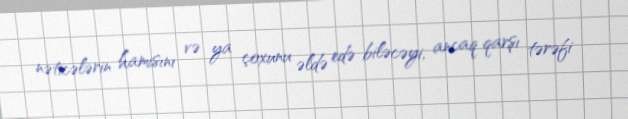
nəticələrin hamısını və ya çoxunu əldə edə biləcəyi, ancaq qarşı tərəfi